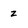
Character: z